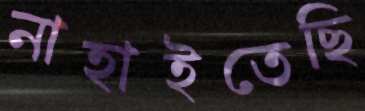
নাহাইতেছি